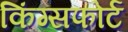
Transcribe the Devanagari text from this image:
किंग्सफोर्ट